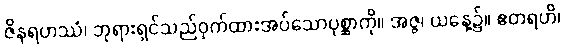
ဇိနရဟဿံ၊ ဘုရားရှင်သည်ဝှက်ထားအပ်သောပုစ္ဆာကို။ အဇ္ဇ၊ ယနေ့၌။ ဧတရဟိ၊